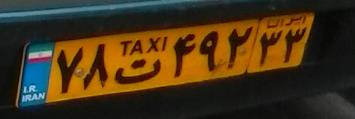
۷۸ت۴۹۲۳۳